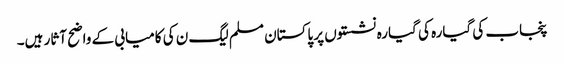
پنجاب کی گیارہ کی گیارہ نشستوں پر پاکستان مسلم لیگ ن کی کامیابی کے واضح آثار ہیں۔